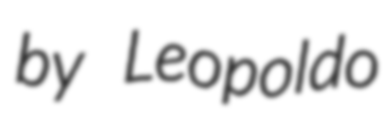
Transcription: by Leopoldo